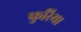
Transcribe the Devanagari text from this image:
फुरिया